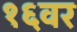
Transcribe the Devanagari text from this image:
१६वर